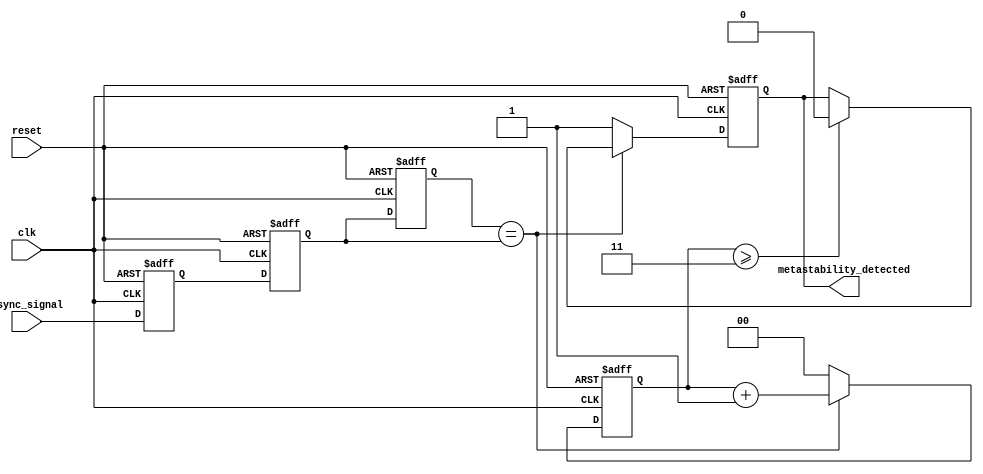
module metastability_detector (
    input wire async_signal,        // Asynchronous input signal to monitor
    input wire clk,                // Clock signal
    input wire reset,              // Reset signal for the detection logic
    output reg metastability_detected // Output signal indicating metastability
);
    // Internal signals
    reg latch1_out;                // Output of the first latch
    reg latch2_out;                // Output of the second latch
    reg mem_block;                 // Memory block to store the output of the second latch
    reg [1:0] stable_counter;      // Counter to monitor stability of the output

    // Latch 1: Sample the asynchronous input signal
    always @(posedge clk or posedge reset) begin
        if (reset) begin
            latch1_out <= 1'b0;     // Reset the latch output
        end else begin
            latch1_out <= async_signal; // Capture the async signal
        end
    end

    // Latch 2: Sample the output of the first latch
    always @(posedge clk or posedge reset) begin
        if (reset) begin
            latch2_out <= 1'b0;     // Reset the latch output
        end else begin
            latch2_out <= latch1_out; // Capture the output of latch 1
        end
    end

    // Memory Block: Store the output of the second latch
    always @(posedge clk or posedge reset) begin
        if (reset) begin
            mem_block <= 1'b0;       // Reset the memory block
        end else begin
            mem_block <= latch2_out; // Store the output of latch 2
        end
    end

    // Metastability Detection Logic
    always @(posedge clk or posedge reset) begin
        if (reset) begin
            metastability_detected <= 1'b0; // Reset the detection output
            stable_counter <= 2'b0;          // Reset stable counter
        end else begin
            // Check for metastability condition
            if (mem_block == latch2_out) begin
                stable_counter <= stable_counter + 1; // Increment counter if stable
                if (stable_counter >= 2'b11) begin // If stable for 3 cycles
                    metastability_detected <= 1'b0; // Clear detection
                end
            end else begin
                stable_counter <= 2'b0; // Reset counter on change
                metastability_detected <= 1'b1; // Flag metastability detected
            end
        end
    end
endmodule